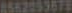
8562053878